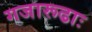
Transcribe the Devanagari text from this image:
गजारूढाः